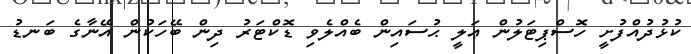
ކުޅުދުއްފުށީ ހޮސްޕިޓަލުން ޢަލީ ޙުސައިން ބެއްލެވި ޑޮކްޓަރު ދިން ބޭހަކުން އޭނާގެ ބަނޑު